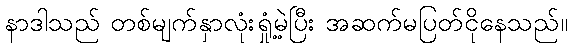
နာဒါသည် တစ်မျက်နှာလုံးရှုံ့မဲ့ပြီး အဆက်မပြတ်ငိုနေသည်။